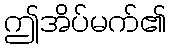
ဤအိပ်မက်၏